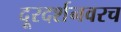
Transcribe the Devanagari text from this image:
दूरदर्शनवरच